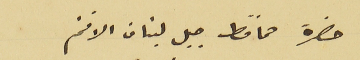
حضرة محافط جبل لبنان الافخم